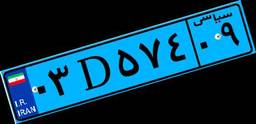
۰۳D۵۷۴۰۹